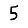
Digit: 5